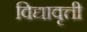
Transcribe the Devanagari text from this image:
विद्यावृत्ती